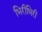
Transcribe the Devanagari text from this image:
भिरीभिरी